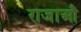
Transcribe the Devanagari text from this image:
राजाऔं